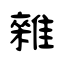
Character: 雜